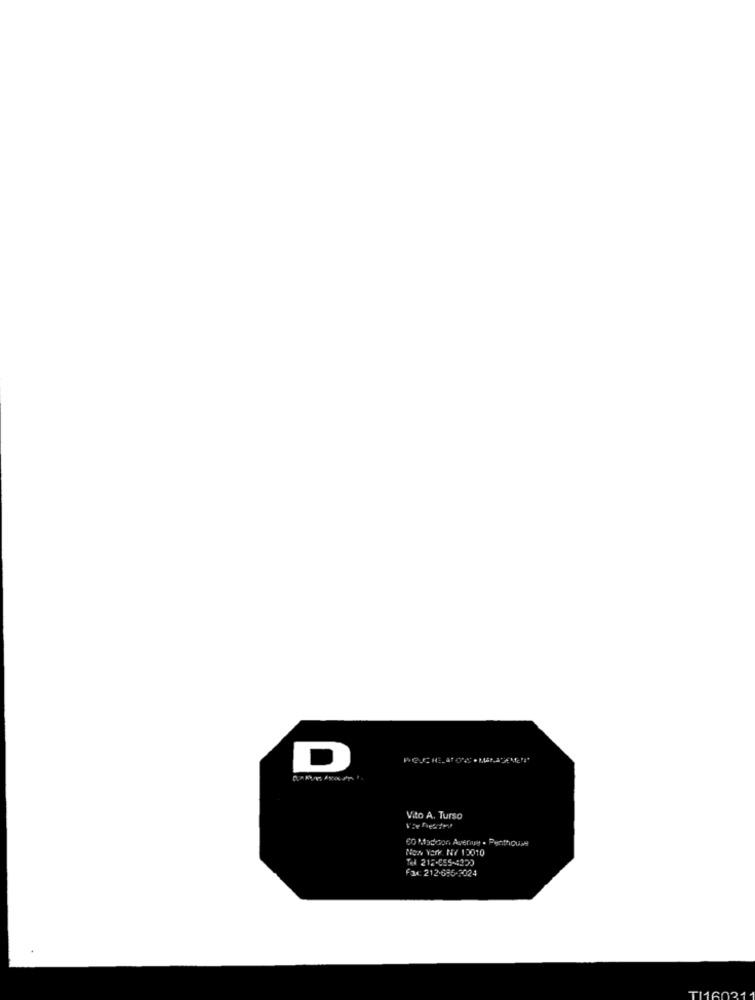
D
Vito A. Turso
co Madcon Ausnagy . Penthouse
NON Verk NY 12010
TO 215.085-4350
FIx 212-685-2024
TI160